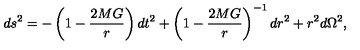
d s ^ { 2 } = - \left( 1 - \frac { 2 M G } { r } \right) d t ^ { 2 } + \left( 1 - \frac { 2 M G } { r } \right) ^ { - 1 } d r ^ { 2 } + r ^ { 2 } d \Omega ^ { 2 } ,